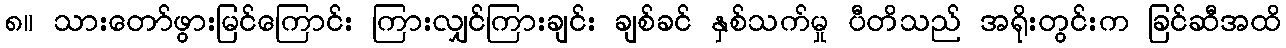
၈။ သားတော်ဖွားမြင်ကြောင်း ကြားလျှင်ကြားချင်း ချစ်ခင် နှစ်သက်မှု ပီတိသည် အရိုးတွင်းက ခြင်ဆီအထိ